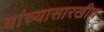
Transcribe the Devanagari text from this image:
यांच्यासारखीच